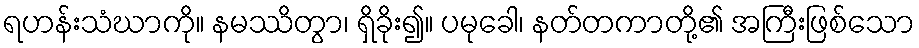
ရဟန်းသံဃာကို။ နမဿိတွာ၊ ရှိခိုး၍။ ပမုခေါ၊ နတ်တကာတို့၏ အကြီးဖြစ်သော